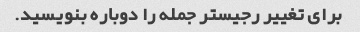
برای تغییر رجیستر جمله را دوباره بنویسید.